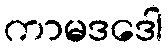
ကာမဒဒေါ